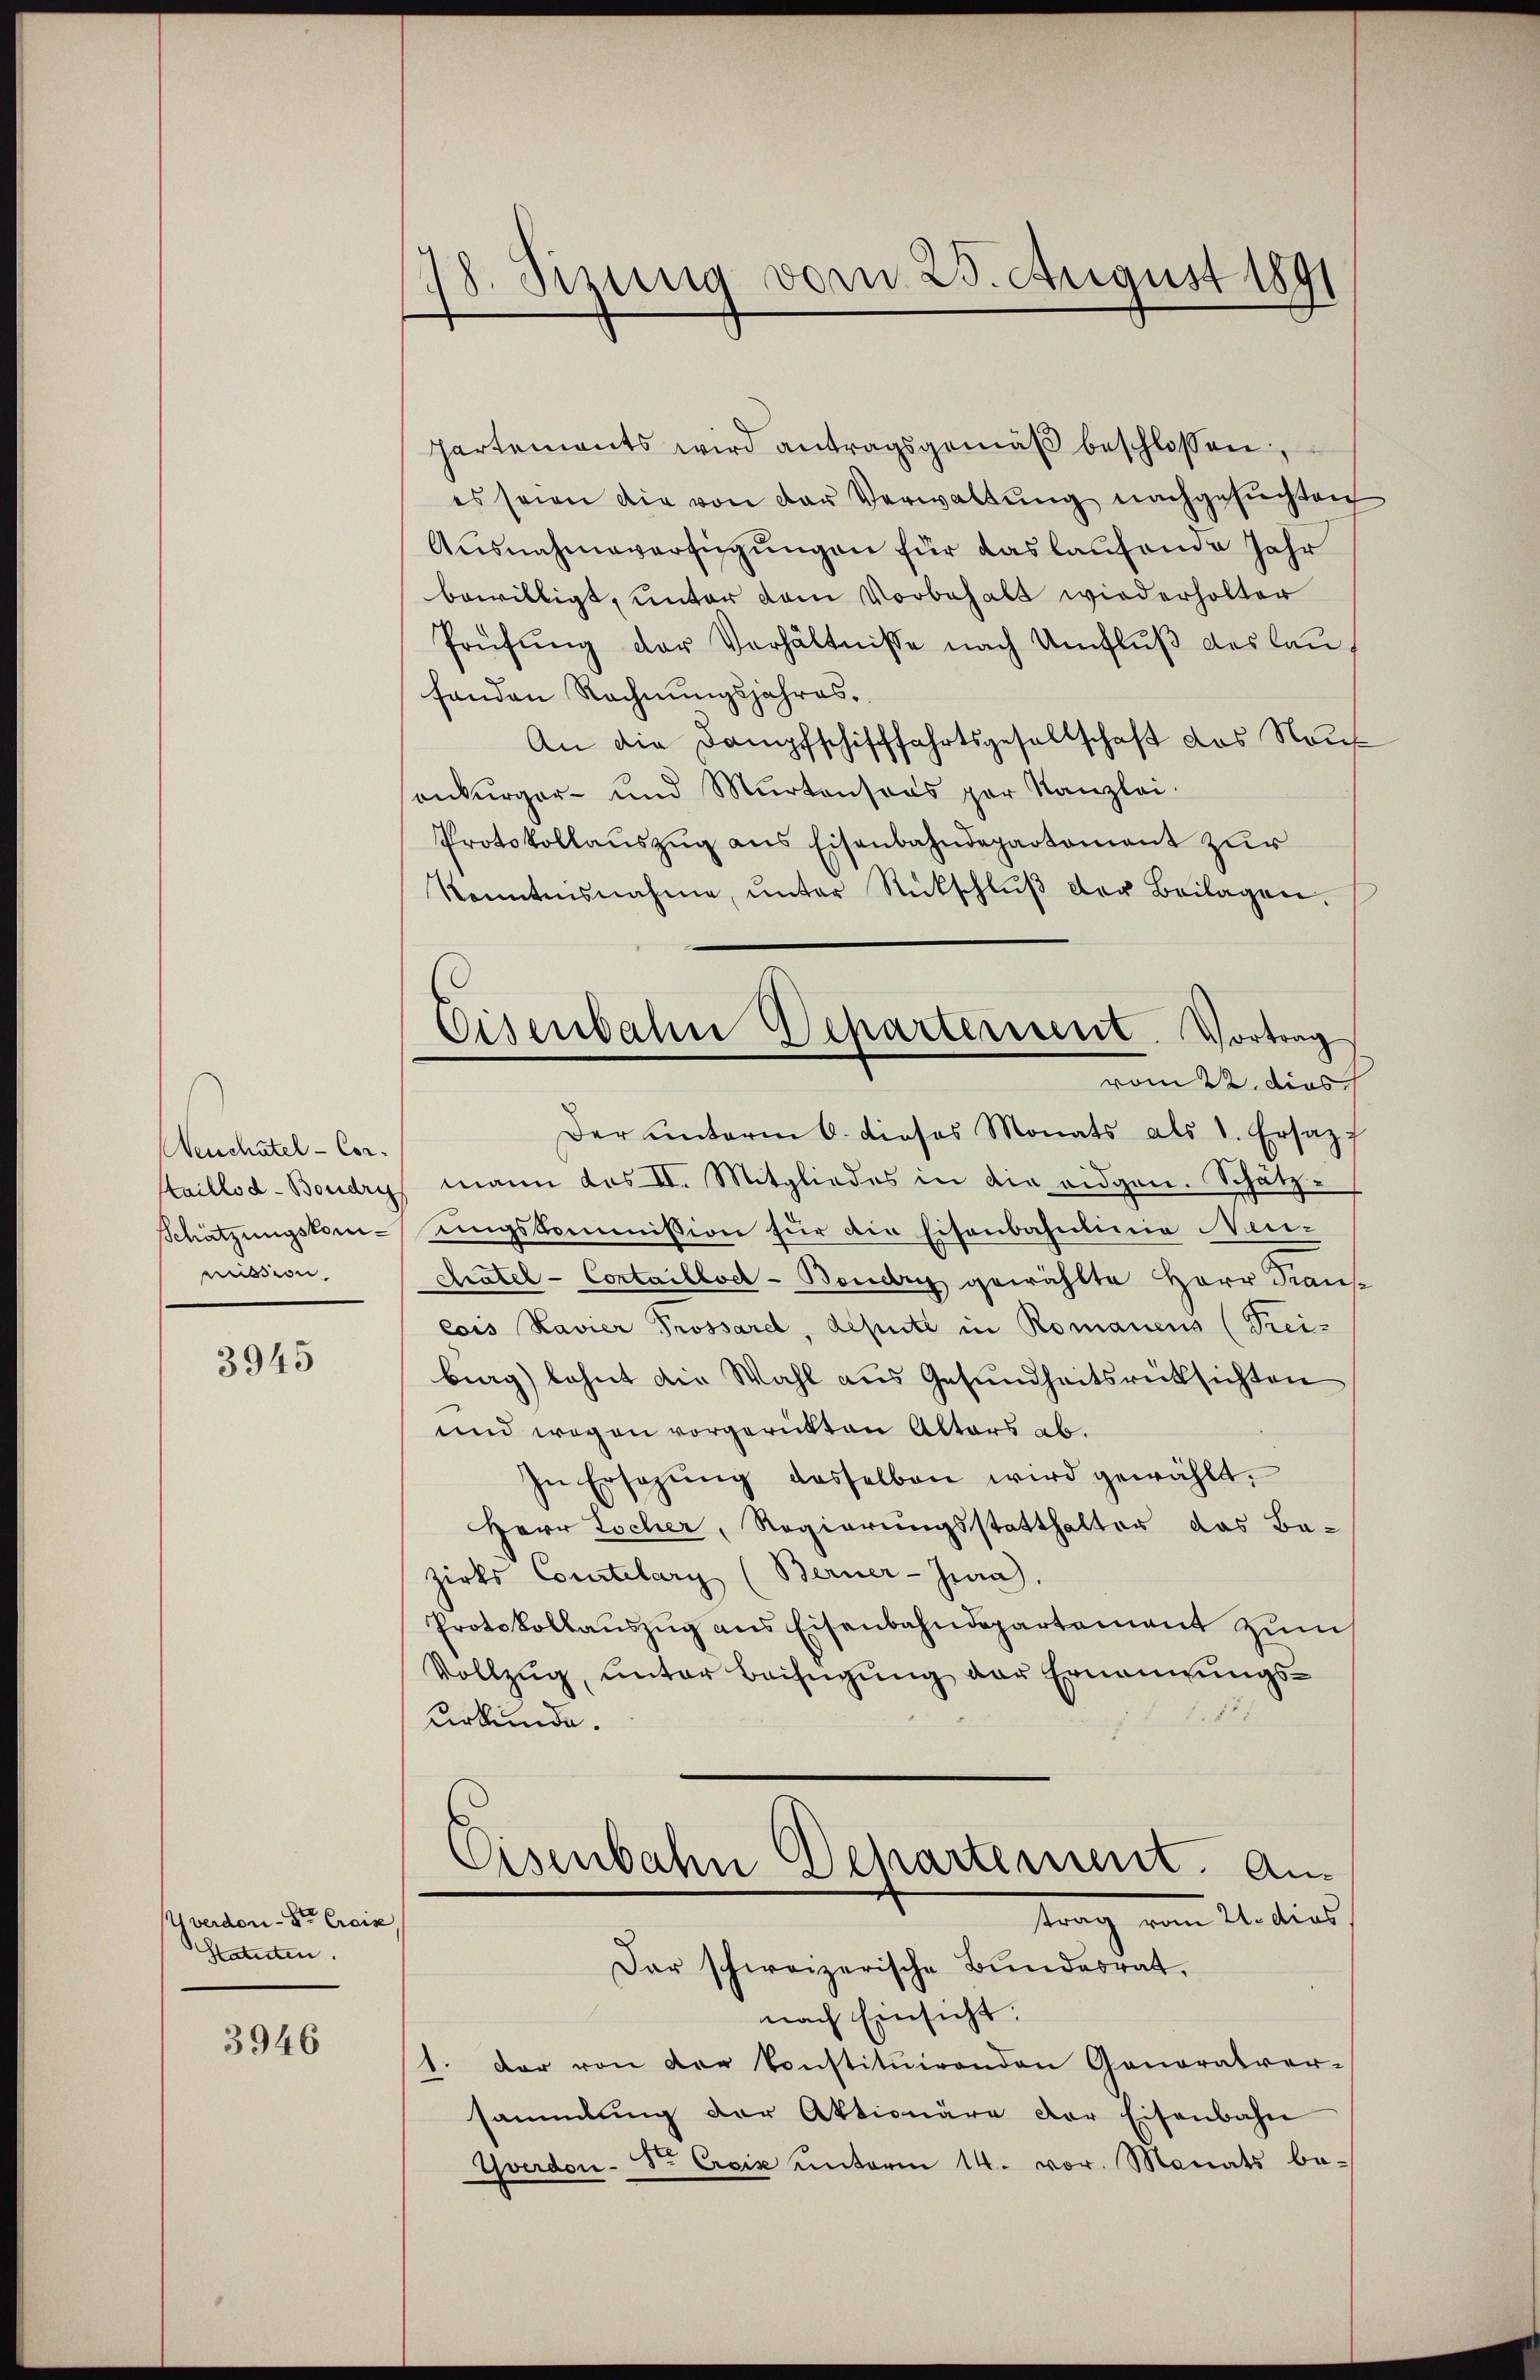
Neuchatel - Cor¬
Staillod-Boudry
Schätzungskomimission

3945

Uverdon-Se Creiz
Statuten.

3946

78. Sizung vom 25. August 1891

Partements wird antragsgemäß beschlossen,
es seien die von der Verwaltung nachgesuchten
Ausnahmeverfügungen für das laufende Jahr
bewilligt, unter dem Vorbehalt wiederholter
Prüfung der Verhältnisse nach Umfluß des laufanden Rechnungsjahres¬
An die Dampfschifffahrtsgesellschaft des Nauf
onkurger- und Murtensaas par Kanzlei.
Protokollauszug aus Eisenbahndepartement zur
Konntesnahme, ŭnter Rückschlŭβ der Beilagen.
Der ŭnterm 6. dieses Monats als 1. Ersatzf
mann das II. Mitgliedes in die eidgen. Schätz-
ungskommission für die Eisenbahnlinie Neu-
Kratel - Contailloch- Boudry gewählte Herr Kaus-
cois Kavier Prossard, depute in Romanens (Frei-
big) lehnt die Wahl aus Gesundheitsrücksichten
und wegen vorgerückten Altors ab.
In Ersetzŭng desselben wird gewählt.
Herr Tocher, Regierungsstatthalter das Ba-
zirks Courtelary (Berner-Jura.
Protokollauszug aus Eisenbahndepartement zum
Vollzug, unter Beifügung der Ernennungs¬
1
urkunde.
Eisenbahn Departement. An
trag vom 21. dies
Dar schweizerische Bundesrat,
nach Einsicht.
1. Der von der konstituirenden Gonoratver-
sammlung der Aktionäre der Eisenbahn
Yverdon- Sr. Exciz ŭnterm 14. vor. Monats be-

Eisenbahn Departement. Vortrag
vom 22. dies